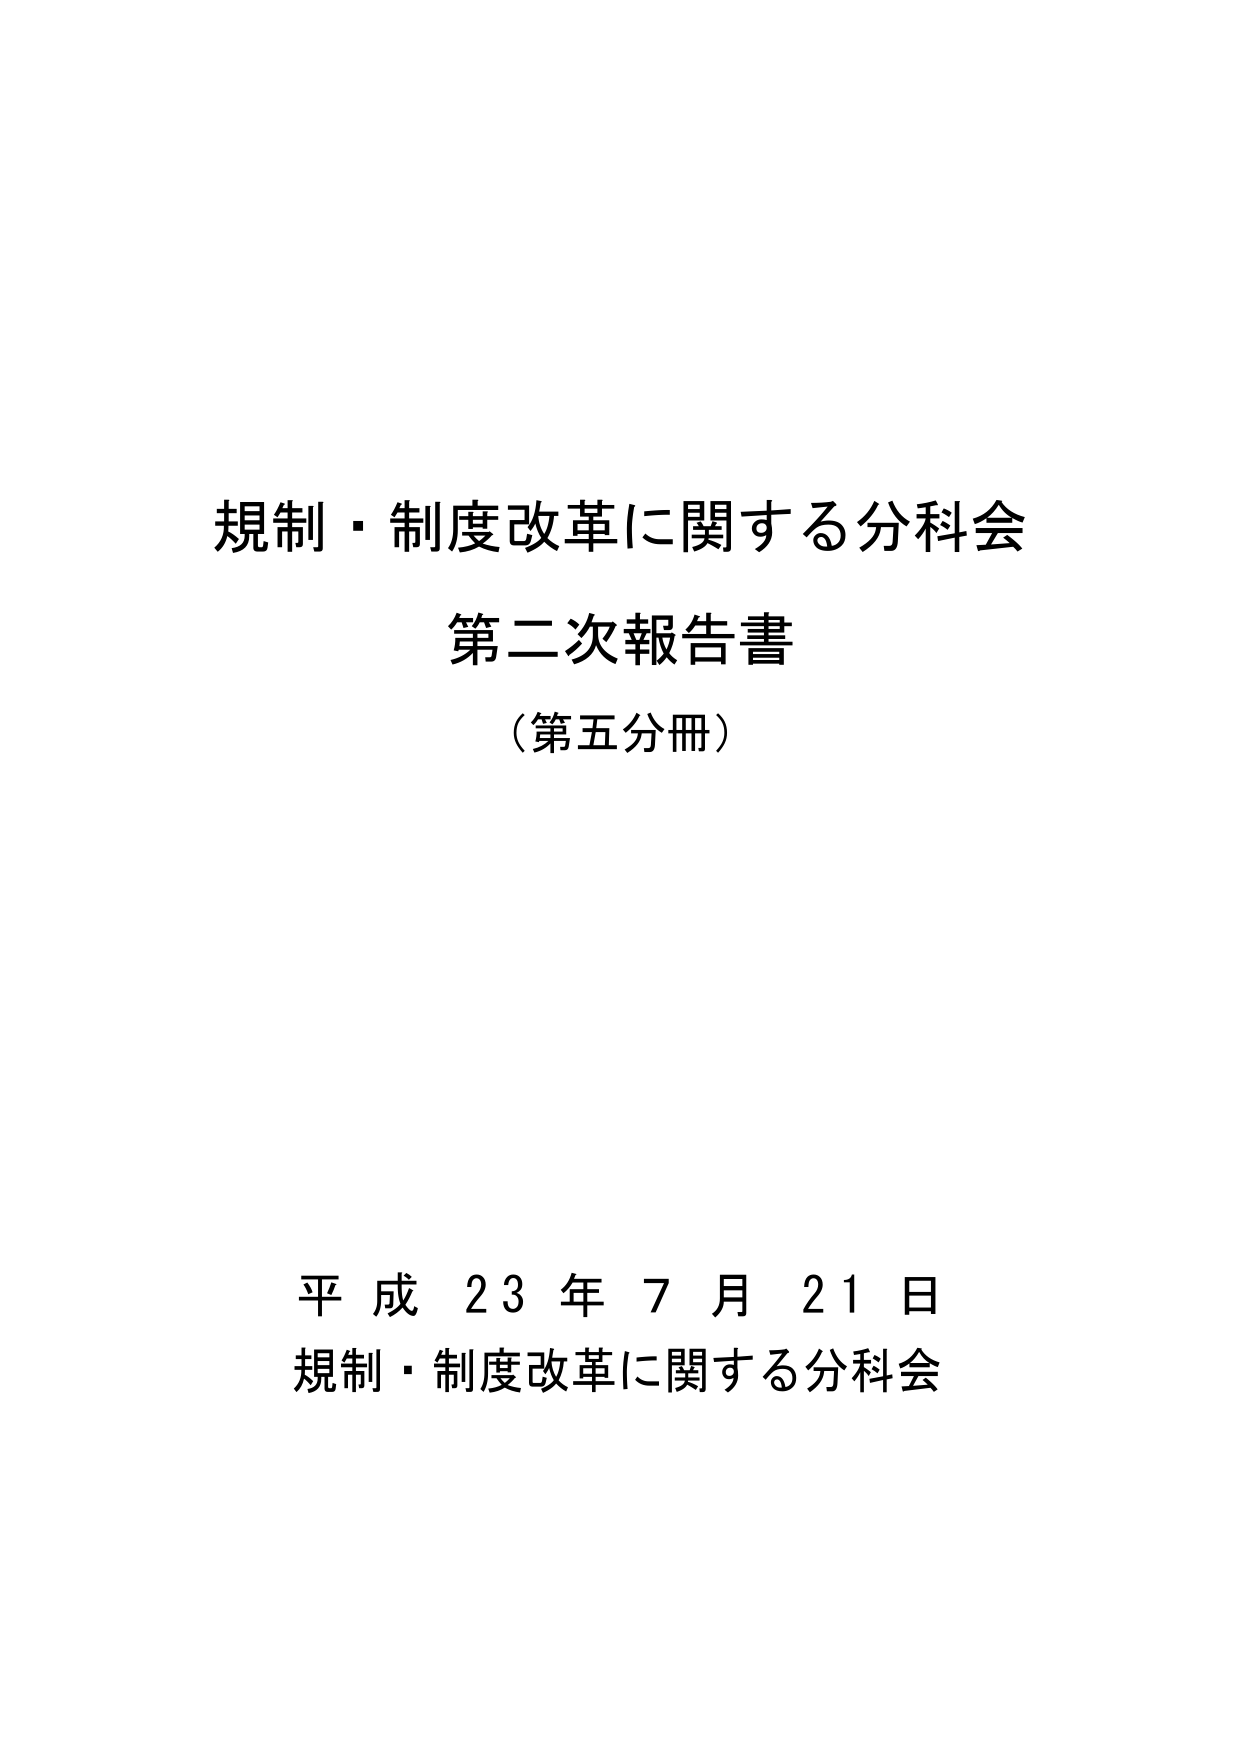
規制・制度改革に関する分科会
第二次報告書
（第五分冊）

平成23年7月21日
規制・制度改革に関する分科会